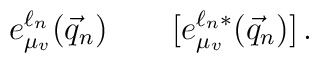
e^{\ell_n}_{\mu_v}(\vec{q}_n) \qquad [e^{\ell_n *}_{ \mu_v}(\vec{q}_n)] \,.